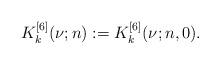
LaTeX: \begin{align*}K_k^{[6]}(\nu;n) := K_k^{[6]}(\nu;n,0).\end{align*}